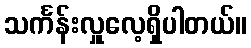
သင်္ကန်းလှူလေ့ရှိပါတယ်။